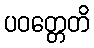
ပဝတ္တေတိ